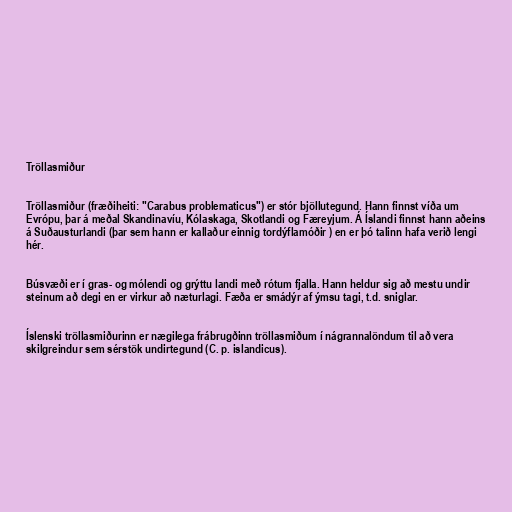
Tröllasmiður

Tröllasmiður (fræðiheiti: "Carabus problematicus") er stór bjöllutegund. Hann finnst víða um
Evrópu, þar á meðal Skandinavíu, Kólaskaga, Skotlandi og Færeyjum. Á Íslandi finnst hann aðeins
á Suðausturlandi (þar sem hann er kallaður einnig tordýflamóðir ) en er þó talinn hafa verið lengi
hér.

Búsvæði er í gras- og mólendi og grýttu landi með rótum fjalla. Hann heldur sig að mestu undir
steinum að degi en er virkur að næturlagi. Fæða er smádýr af ýmsu tagi, t.d. sniglar.

Íslenski tröllasmiðurinn er nægilega frábrugðinn tröllasmiðum í nágrannalöndum til að vera
skilgreindur sem sérstök undirtegund (C. p. islandicus).